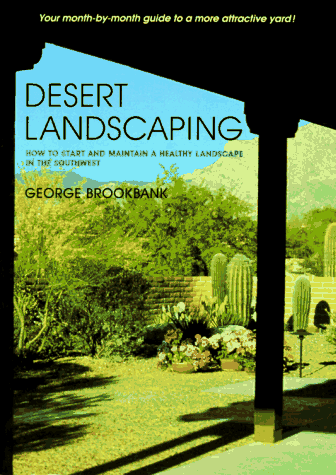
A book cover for Desert Landscaping: How to Start and Maintain a Healthy Landscape in the Southwest; George Brookbank; Crafts, Hobbies & Home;